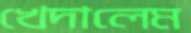
খেদালেম